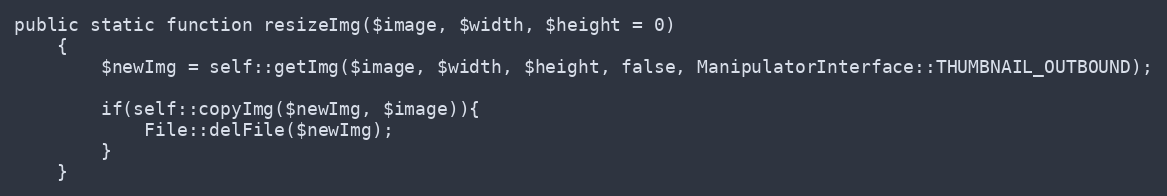
Language: PHP
public static function resizeImg($image, $width, $height = 0)
    {
        $newImg = self::getImg($image, $width, $height, false, ManipulatorInterface::THUMBNAIL_OUTBOUND);

        if(self::copyImg($newImg, $image)){
            File::delFile($newImg);
        }
    }